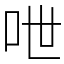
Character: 呭